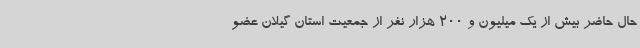
حال حاضر بیش از یک میلیون و 200 هزار نفر از جمعیت استان گیلان عضو